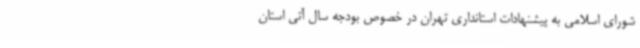
شورای اسلامی به پیشنهادات استانداری تهران در خصوص بودجه سال آتی استان